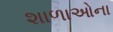
શાળાઓના